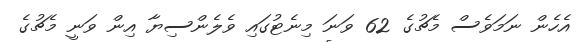
އެހެން ނަމަވެސް މެޗުގެ 62 ވަނަ މިނެޓުގައި ވެލެންސިޔާ އިން ވަނީ މެޗުގެ